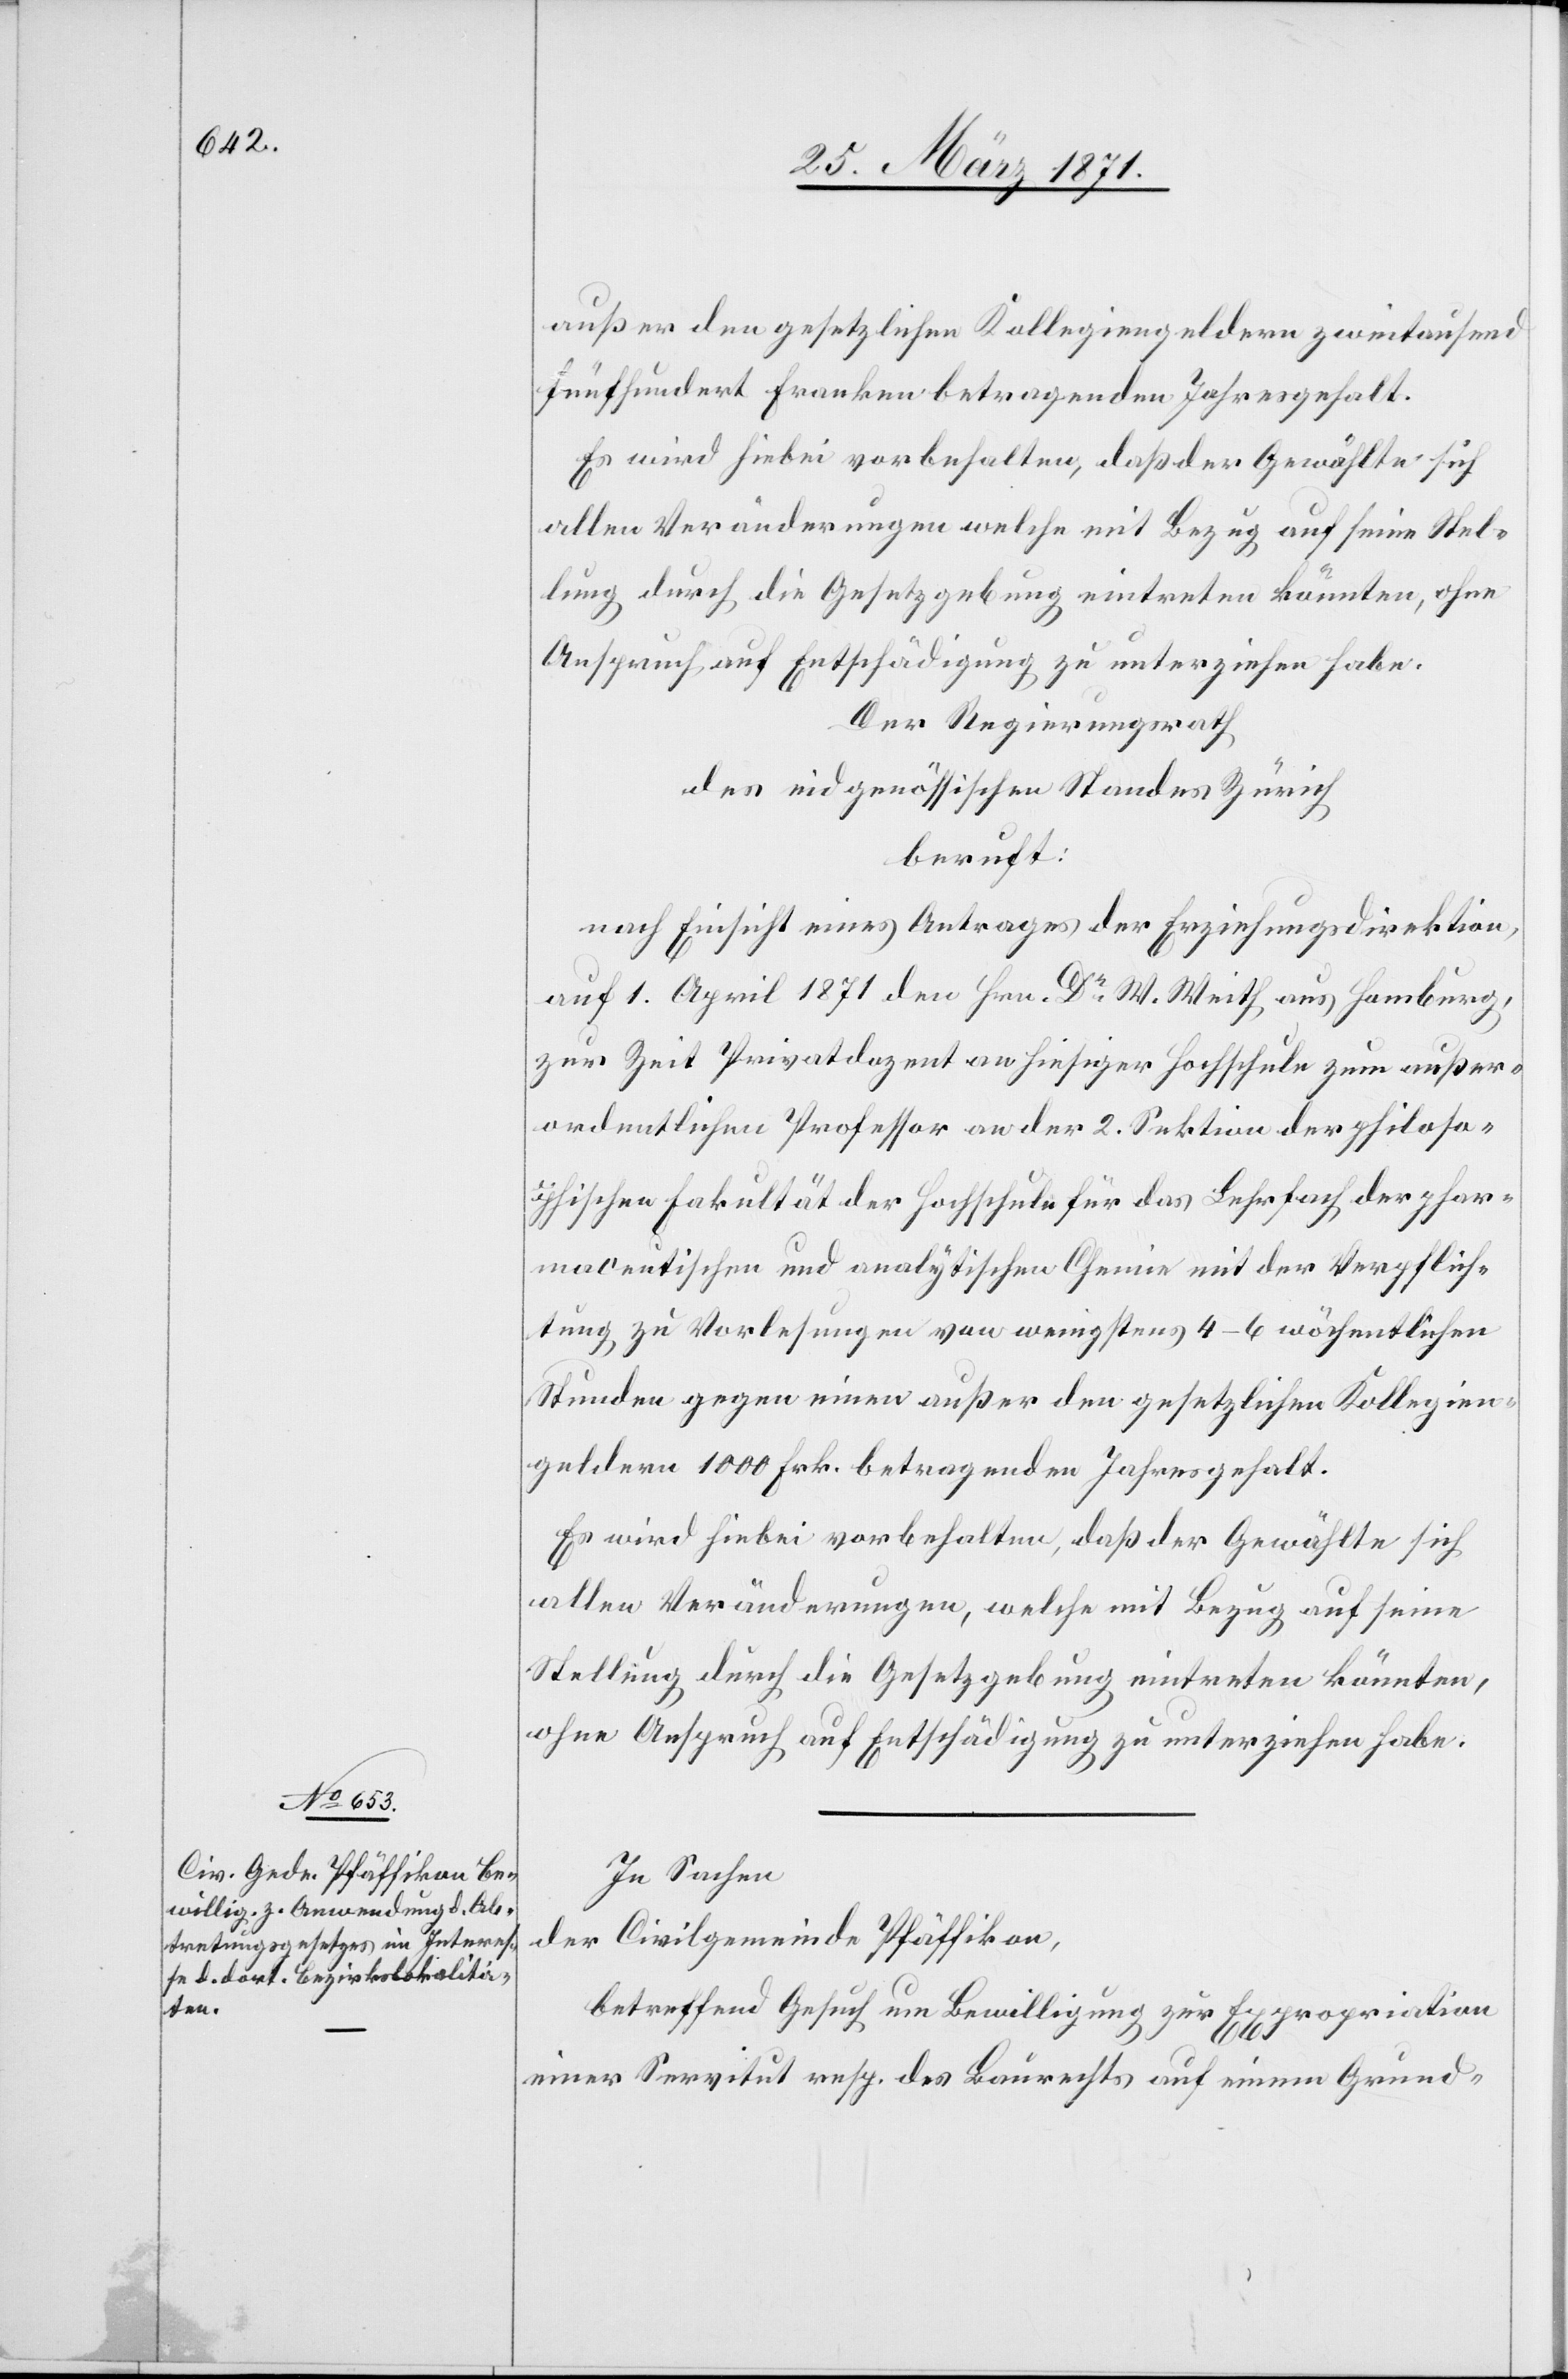
außer den gesetzlichen Kollegiengeldern zweitausend
fünfhundert Franken betragenden Jahresgehalt.
Es wird hiebei vorbehalten, daß der Gewählte sich
allen Veränderungen welche mit Bezug auf seine Stel¬
lung durch die Gesetzgebung eintreten könnten, ohne
Anspruch auf Entschädigung zu unterziehen habe.
Der Regierungsrath
des eidgenössischen Standes Zürich
beruft:
nach Einsicht eines Antrages der Erziehungsdirektion,
auf 1. April 1871 den Hrn. Dr W. Weith aus Hamburg,
zur Zeit Privatdozent an hiesiger Hochschule zum außer¬
ordentlichen Professor an der 2. Sektion der philoso¬
phischen Fakultät der Hochschule für das Lehrfach der phar¬
maceutischen und analytischen Chemie mit der Verpflich¬
tung zu Vorlesungen von wenigstens 4–6 wöchentlichen
Stunden gegen einen außer den gesetzlichen Kollegien¬
geldern 1000 Frk. betragenden Jahresgehalt.
Es wird hiebei vorbehalten, daß der Gewählte sich
allen Veränderungen, welche mit Bezug auf seine
Stellung durch die Gesetzgebung eintreten könnten,
ohne Anspruch auf Entschädigung zu unterziehen habe.
In Sachen
der Civilgemeinde Pfäffikon,
betreffend Gesuch um Bewilligung zur Expropriation
einer Servitut resp. des Baurechtes auf einem Grund-